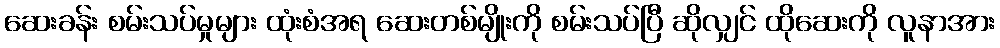
ဆေးခန်း စမ်းသပ်မှုများ ထုံးစံအရ ဆေးတစ်မျိုးကို စမ်းသပ်ပြီ ဆိုလျှင် ထိုဆေးကို လူနာအား